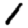
Digit: 1